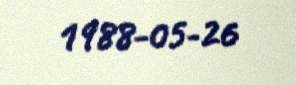
1988-05-26